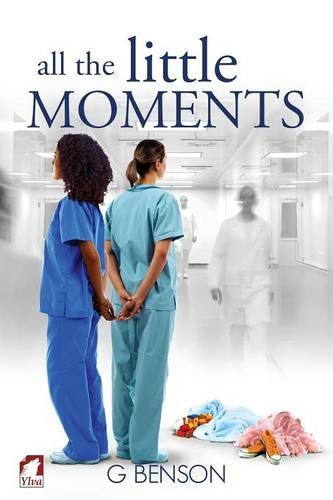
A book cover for All the Little Moments; G Benson; Romance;